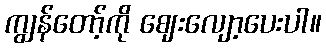
ကျွန်တော့်ကို ဈေးလျော့ပေးပါ။